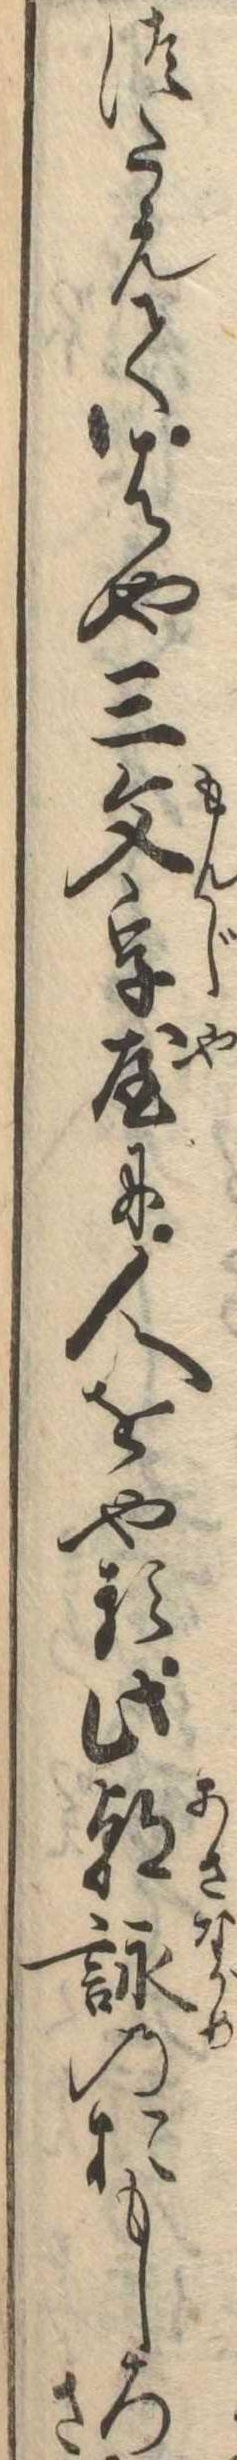
つたえてはや三文字屋に人をやる此朝詠のおもしろさ